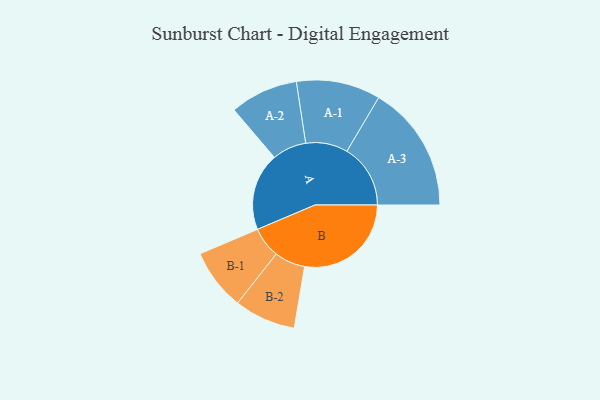
{"axis": {"x": "Segment", "y": "Value"}, "legend": ["", "A", "B"], "data": [{"x": "A", "y": 303, "type": ""}, {"x": "B", "y": 416, "type": ""}, {"x": "A-1", "y": 164, "type": "A"}, {"x": "A-2", "y": 133, "type": "A"}, {"x": "A-3", "y": 248, "type": "A"}, {"x": "B-1", "y": 120, "type": "B"}, {"x": "B-2", "y": 120, "type": "B"}]}